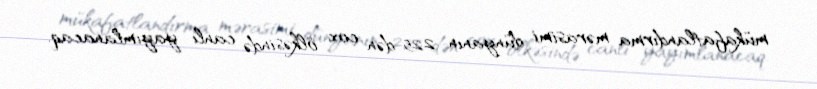
mükafatlandırma mərasimi dünyanın 225-dən çox ölkəsində canlı yayımlanacaq.